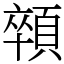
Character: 顇